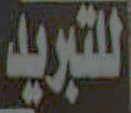
اللتبريد